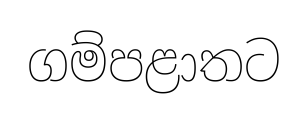
ගම්පළාතට